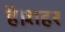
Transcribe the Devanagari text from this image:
है।शहर